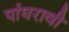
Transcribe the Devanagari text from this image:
पांघरावी